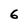
Character: 6